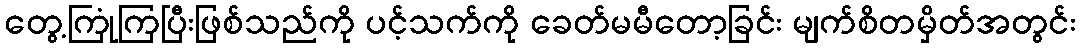
တွေ့ကြုံကြပြီးဖြစ်သည်ကို ပင့်သက်ကို ခေတ်မမီတော့ခြင်း မျက်စိတမှိတ်အတွင်း